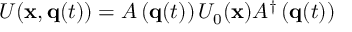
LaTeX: U ( { \bf x } , { \bf q } ( t ) ) = A \left( { \bf q } ( t ) \right) U _ { 0 } ( { \bf x } ) A ^ { \dagger } \left( { \bf q } ( t ) \right)